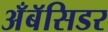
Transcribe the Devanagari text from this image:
अँबॅसिडर